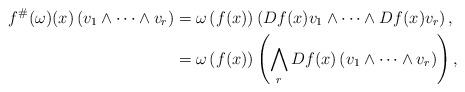
LaTeX: \begin{align*}f^{\#}(\omega)(x)\left(v_{1}\wedge\dots\wedge v_{r}\right) & =\omega\left(f(x)\right)\left(Df(x)v_{1}\wedge\dots\wedge Df(x)v_{r}\right),\\ & =\omega\left(f(x)\right)\left(\bigwedge_{r}Df(x)\left(v_{1}\wedge\dots\wedge v_{r}\right)\right),\end{align*}